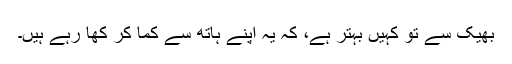
بھیک سے تو کہیں بہتر ہے، کہ یہ اپنے ہاتھ سے کما کر کھا رہے ہیں۔